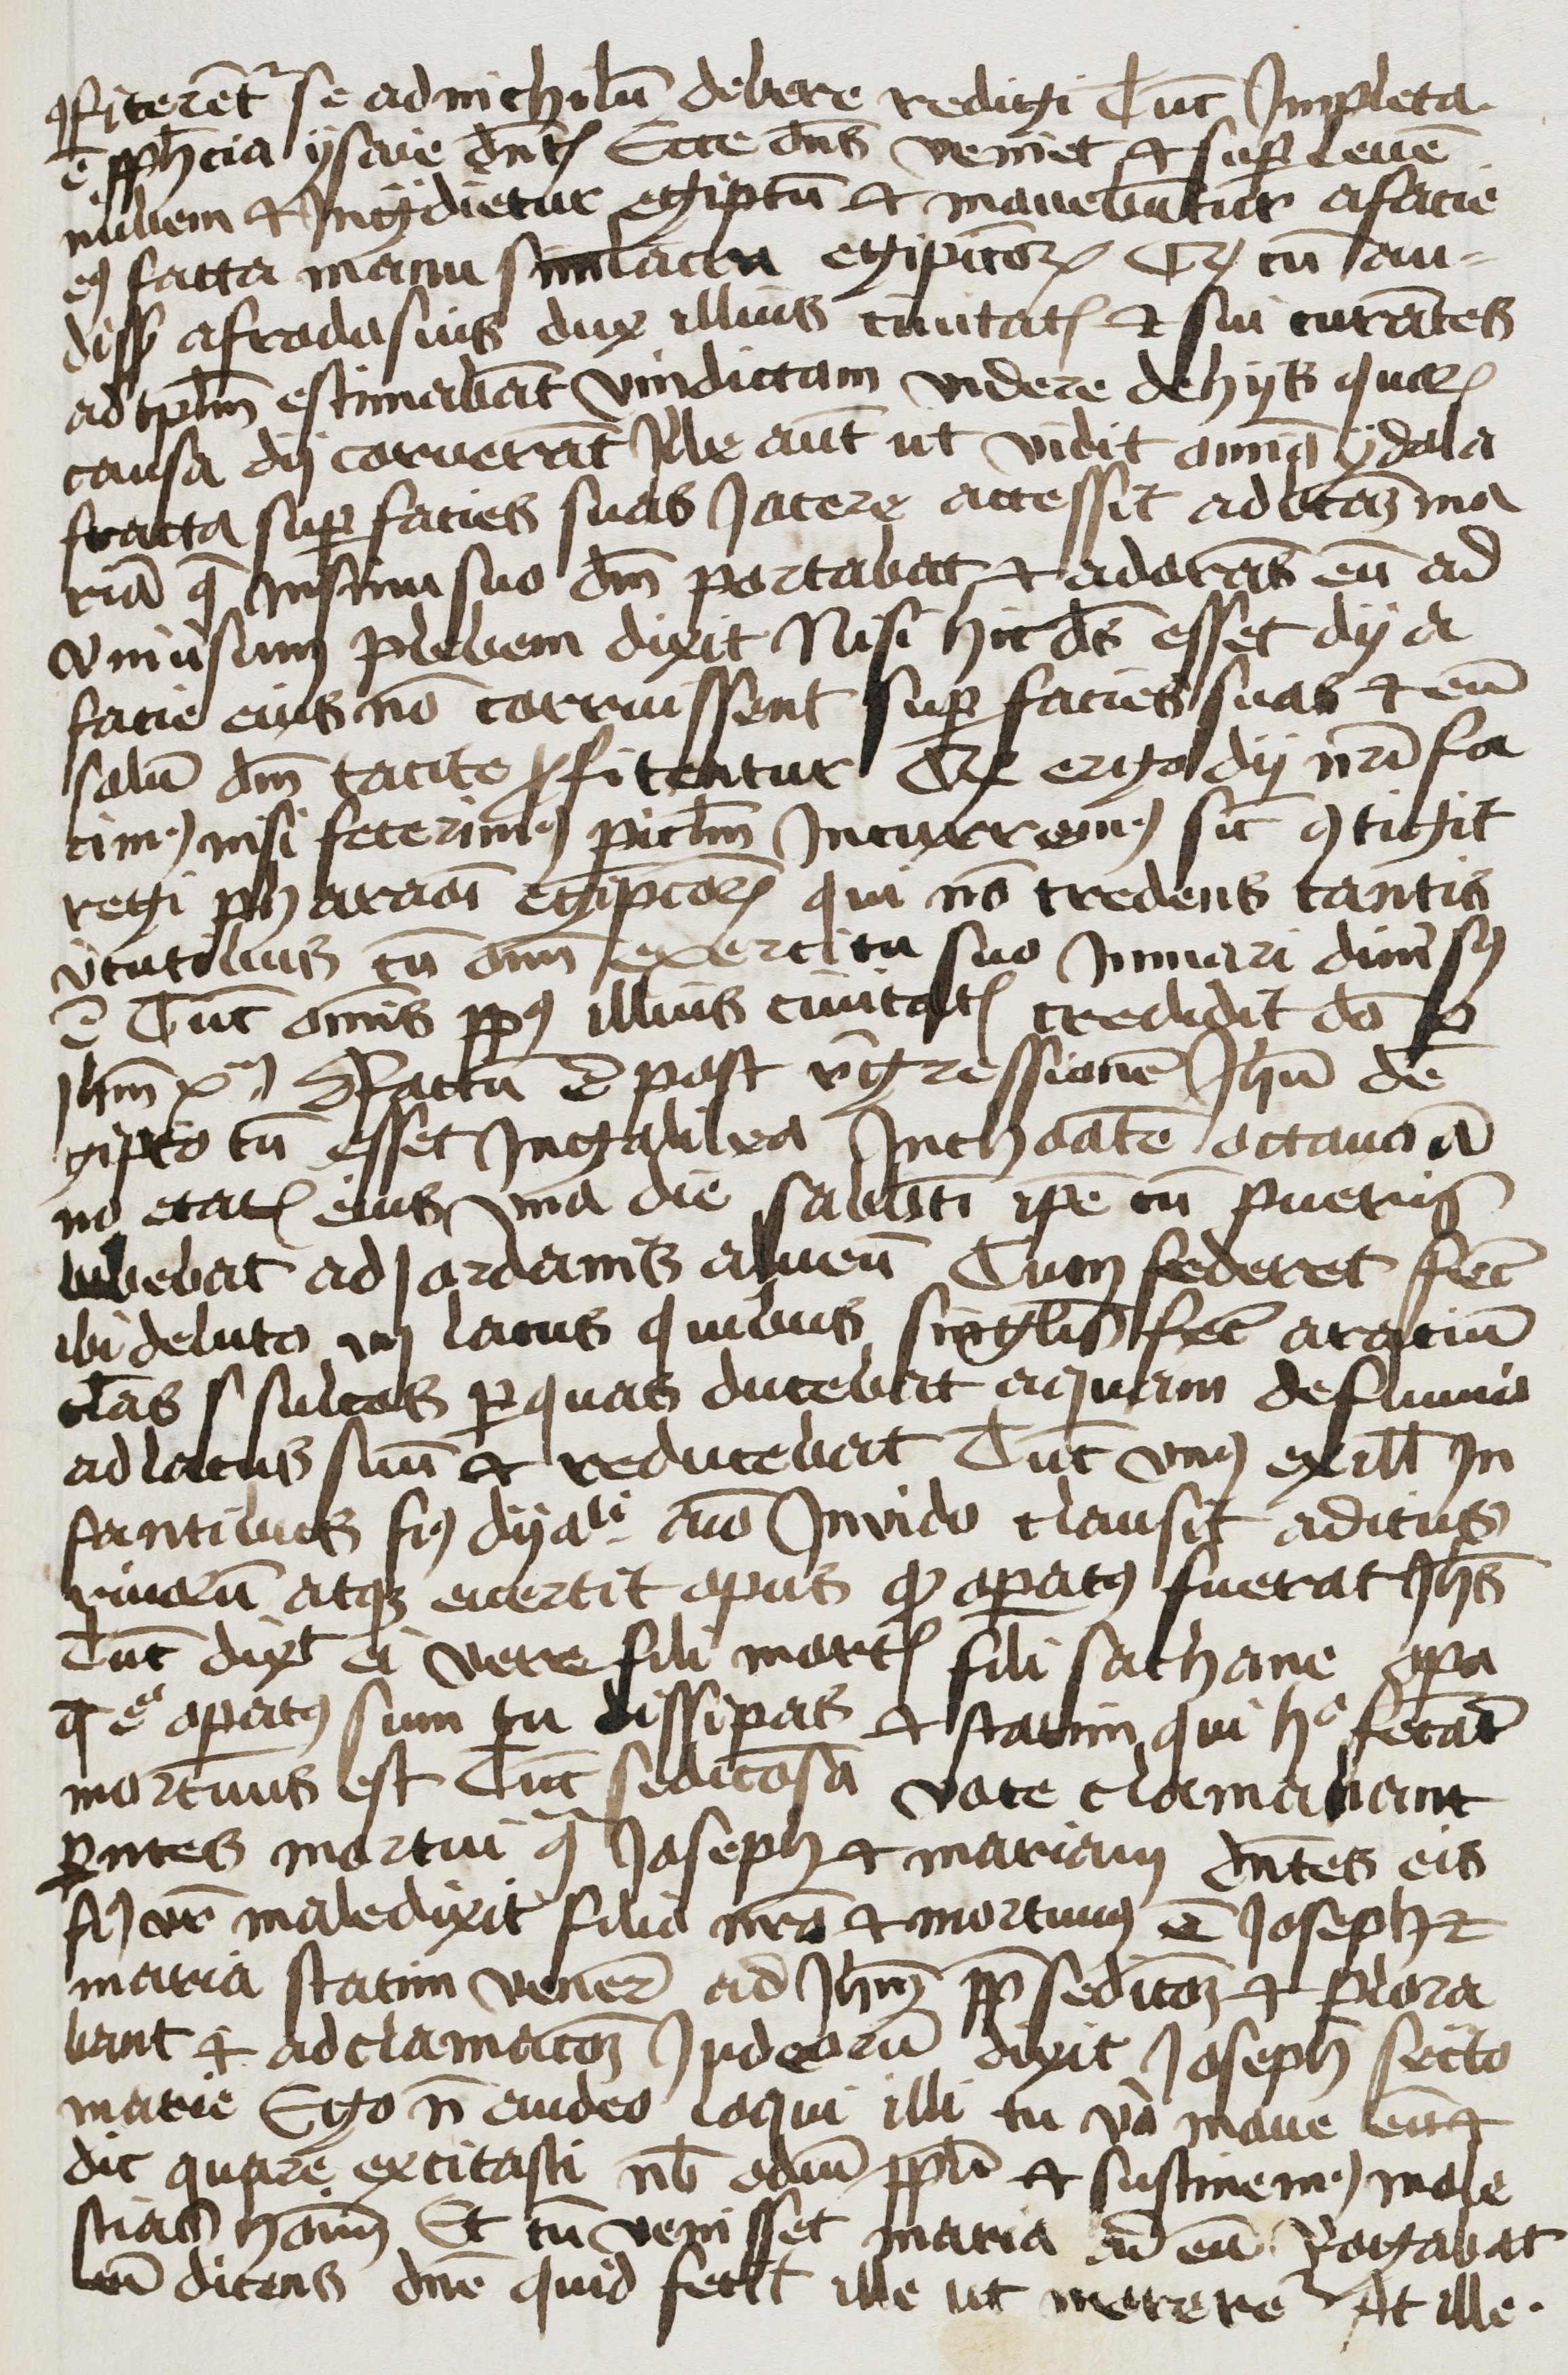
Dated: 1400–1499